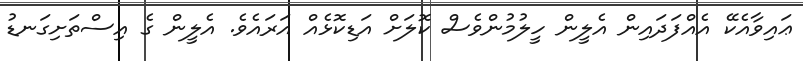
ޢައިވާއެކޭ އެއްފަދައިން އެލީން ހީލުމުންވެސް ކޮލަށް އަޑިކޮޅެއް އަރައެވެ. އެލީން ގެ އިސްތަށިގަނޑު